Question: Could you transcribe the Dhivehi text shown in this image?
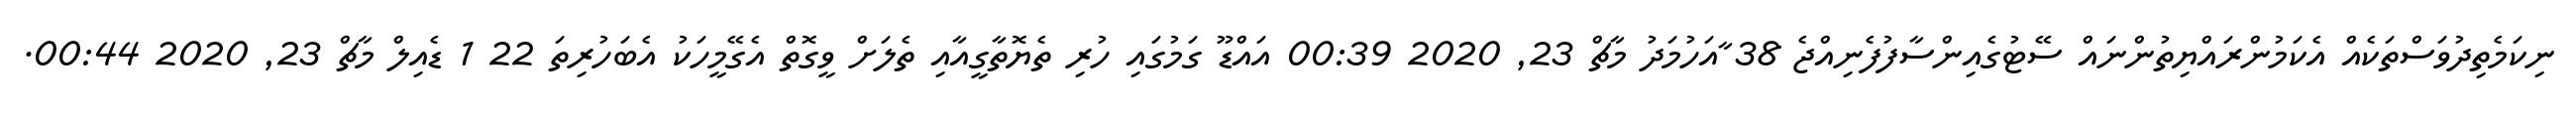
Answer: ނިކަމެތިދުވަސްތަކެއް އެކަމުންރައްޔިތުންނައް ސޭޓުގެއިންސާފުފެނިއްޖެ 38 ާއަހުމަދު މާޗް 23, 2020 00:39 އައްޑޫ ގަމުގައި ހުރި ތެޔޮތާގީއާއި ތެލަށް ވީގޮތް އެގޭމީހަކު އެބަހުރިތަ 22 1 ޑެއިލް މާޗް 23, 2020 00:44.